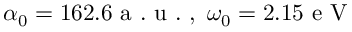
\alpha _ { 0 } = 1 6 2 . 6 \mathrm { ~ a ~ . ~ u ~ . ~ } , \ \omega _ { 0 } = 2 . 1 5 \mathrm { ~ e ~ V ~ }